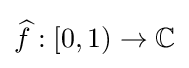
{\widehat {f}}:[0,1)\rightarrow \mathbb {C}